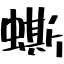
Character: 蟖